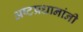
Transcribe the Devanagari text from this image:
अष्टप्रधानांनी